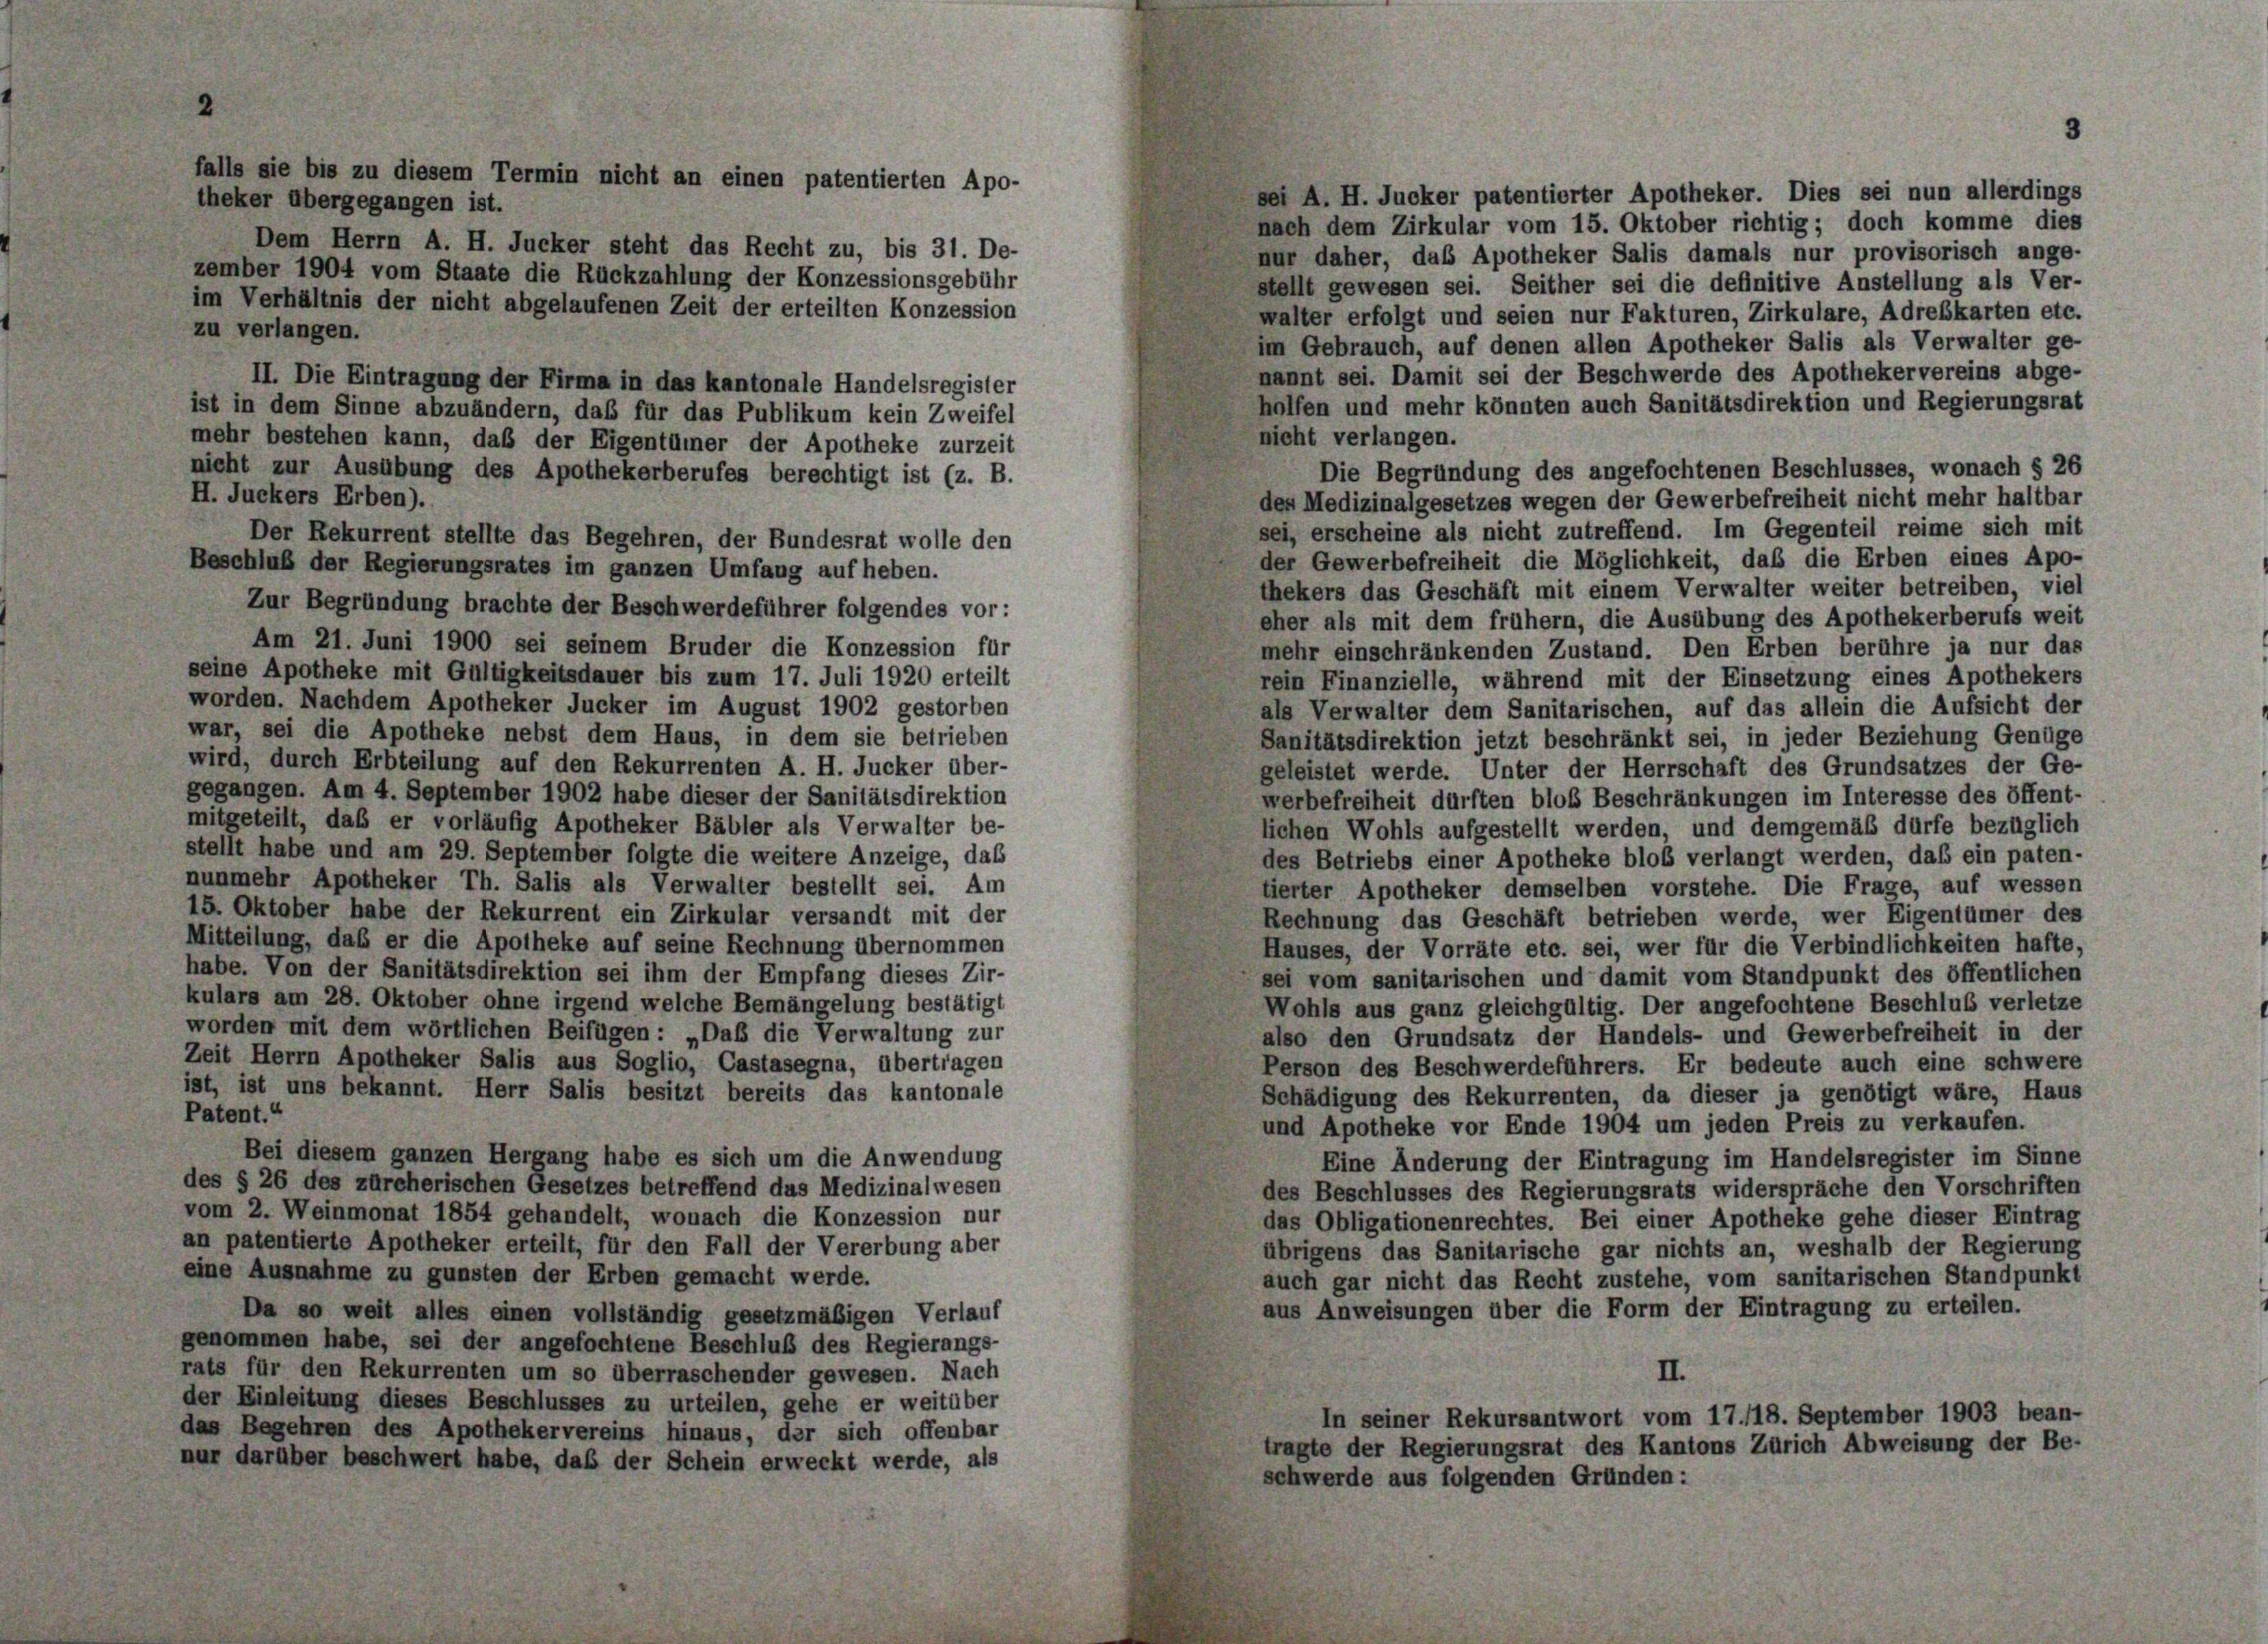
s sie s

theker übergegangen ist.

is zu diesem Termin nicht an einen patentierten Apo-

nach dem Zirkular vom 15. Oktober richtig; doch komme dies
Dem Herrn A. H. Jucker steht das Recht zu, bis 31. De-
nur daher, das Apotheker Salis damals nur provisorisch ange-
zember 1904 vom Staate die Rückzahlung der Konzessionsgebühr
stellt gewesen sei. Seither sei die definitive Anstellung als Ver-
im Verhältnis der nicht abgelaufenen Zeit der erteilten Konzession
walter erfolgt und seien nur Fakturen, Zirkulare, Adrebkarten etc.
zu verlangen.
im Gebrauch, auf denen allen Apotheker Salis als Verwalter ge-
nannt sei. Damit sei der Beschwerde des Apothekervereins abge-
II. Die Eintragung der Firma in das kantonale Handelsregister
holfen und mehr könnten auch Sanitätsdirektion und Regierungsrat
ist in dem Sinne abzuändern, daß für das Publikum kein Zweifel
nicht verlangen.
mehr bestehen kann, daß der Eigentümer der Apotheke zurzeit
Die Begründung des angefochtenen Beschlusses, wonach § 26
nicht zur Ausübung des Apothekerberufes berechtigt ist (z. B.
H. Juckers Erben).
den Medizinalgesetzes wegen der Gewerbefreiheit nicht mehr haltbar
sei, erscheine als nicht zutreffend. Im Gegenteil reime sich mit
Der Rekurrent stellte das Begehren, der Bundesrat wolle den
der Gewerbefreiheit die Möglichkeit, daß die Erben eines Apo-
Beschluß der Regierungsrates im ganzen Umfang auf heben.
thekers das Geschäft mit einem Verwalter weiter betreiben, viel
Zur Begründung brachte der Beschwerdeführer folgendes vor:
eher als mit dem frühem, die Ausübung des Apothekerberufs weit
Am 21. Juni 1900 sei seinem Bruder die Konzession für
mehr einschränkenden Zustand. Den Erben berühre ja nur das
seine Apotheke mit Gültigkeitsdauer bis zum 17. Juli 1920 erteilt
rein Finanzielle, während mit der Einsetzung eines Apothekers
worden. Nachdem Apotheker Jucker im August 1902 gestorben
als Verwalter dem Sanitarischen, auf das allein die Aufsicht der
war, sei die Apotheke nebst dem Haus, in dem sie betrieben
Sanitätsdirektion jetzt beschränkt sei, in jeder Beziehung Genüge
wird, durch Erbteilung auf den Rekurrenten A. H. Jucker über-
geleistet werde. Unter der Herrschaft des Grundsatzes der Ge-
gegangen. Am 4. September 1902 habe dieser der Sanitätsdirektion
werbefreiheit durften bloß Beschränkungen im Interesse des öffent-
mitgeteilt, daß er vorläufig Apotheker Bäbler als Verwalter be-
lichen Wohls aufgestellt werden, und demgemäß dürfe bezüglich
stellt habe und am 29. September folgte die weitere Anzeige, das
des Betriebs einer Apotheke bloß verlangt werden, daß ein paten-
nunmehr Apotheker Th. Salis als Verwalter bestellt sei. Am
tierter Apotheker demselben vorstehe. Die Frage, auf wessen
15. Oktober habe der Rekurrent ein Zirkular versandt mit der
Rechnung das Geschäft betrieben werde, wer Eigentümer des
Mitteilung, das er die Apotheke auf seine Rechnung übernommen
Hauses, der Vorräte etc. sei, wer für die Verbindlichkeiten hafte,
habe. Von der Sanitätsdirektion sei ihm der Empfang dieses Zir-
sei vom sanitarischen und damit vom Standpunkt des öffentlichen
kulars am 28. Oktober ohne irgend welche Bemängelung bestätigt
Wohls aus ganz gleichgültig. Der angefochtene Beschluß verletze
worden mit dem wörtlichen Beifügen: „Daß die Verwaltung zur
also den Grundsatz der Handels- und Gewerbefreiheit in der
Zeit Herrn Apotheker Salis aus Soglio, Castasegna, übertragen
Person des Beschwerdeführers. Er bedeute auch eine schwere
ist, ist uns bekannt. Herr Salis besitzt bereits das kantonale
Schädigung des Rekurrenten, da dieser ja genötigt wäre, Haus
Patent.“
und Apotheke vor Ende 1904 um jeden Preis zu verkaufen.
Bei diesem ganzen Hergang habe es sich um die Anwendung
Eine Änderung der Eintragung im Handelsregister im Sinne
des § 26 des zürcherischen Gesetzes betreffend das Medizinalwesen
des Beschlusses des Regierungsrats widerspräche den Vorschriften
vom 2. Weinmonat 1854 gehandelt, wonach die Konzession nur
das Obligationenrechtes. Bei einer Apotheke gehe dieser Eintrag
an patentierte Apotheker erteilt, für den Fall der Vererbung aber
übrigens das Sanitarische gar nichts an, weshalb der Regierung
eine Ausnahme zu gunsten der Erben gemacht werde.
auch gar nicht das Recht zustehe, vom sanitarischen Standpunkt
aus Anweisungen über die Form der Eintragung zu erteilen.
Da so weit alles einen vollständig gesetzmäßigen Verlauf
genommen habe, sei der angefochtene Beschluß des Regierungs-
rats für den Rekurrenten um so überraschender gewesen. Nach
II.
der Einleitung dieses Beschlusses zu urteilen, gehe er weitüber
In seiner Rekursantwort vom 17./18. September 1903 bean-
das Begehren des Apothekervereins hinaus, der sich offenbar
tragte der Regierungsrat des Kantons Zürich Abweisung der Be-
nur darüber beschwert habe, daß der Schein erweckt werde, als
schwerde aus folgenden Gründen:

3